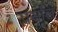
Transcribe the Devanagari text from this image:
पर्साल